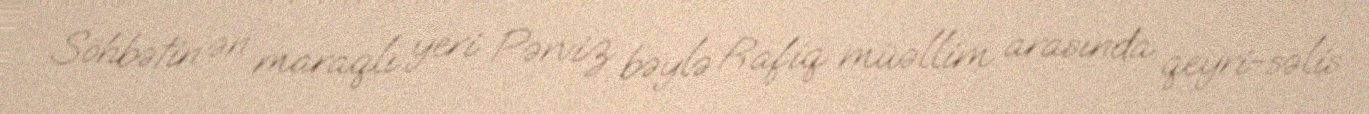
Söhbətin ən maraqlı yeri Pərviz bəylə Rafiq müəllim arasında qeyri-səlis